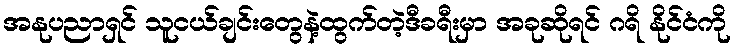
အနုပညာရှင် သူငယ်ချင်းတွေနဲ့ထွက်တဲ့ဒီခရီးမှာ အခုဆိုရင် ဂရိ နိုင်ငံကို